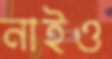
নাইও